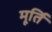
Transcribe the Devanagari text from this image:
मूर्तिं